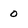
Character: 0